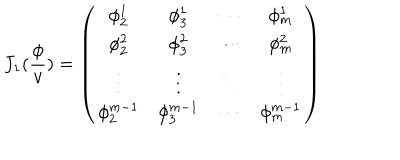
J _ { 1 } ( \frac \phi v ) = \left( \begin{array} { c c c c } { { \phi _ { 2 } ^ { 1 } } } & { { \phi _ { 3 } ^ { 1 } } } & { { \cdots } } & { { \phi _ { m } ^ { 1 } } } \\ { { \phi _ { 2 } ^ { 2 } } } & { { \phi _ { 3 } ^ { 2 } } } & { { \cdots } } & { { \phi _ { m } ^ { 2 } } } \\ { { \vdots } } & { { \vdots } } & { { \ddots } } & { { \vdots } } \\ { { \phi _ { 2 } ^ { m - 1 } } } & { { \phi _ { 3 } ^ { m - 1 } } } & { { \cdots } } & { { \phi _ { m } ^ { m - 1 } } } \\ \end{array} \right)